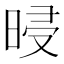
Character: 𣆲